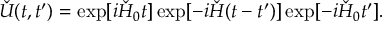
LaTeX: \check { U } ( t , t ^ { \prime } ) = \exp [ i \check { H } _ { 0 } t ] \exp [ - i \check { H } ( t - t ^ { \prime } ) ] \exp [ - i \check { H } _ { 0 } t ^ { \prime } ] .